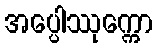
အပ္ပေါဿုက္ကော